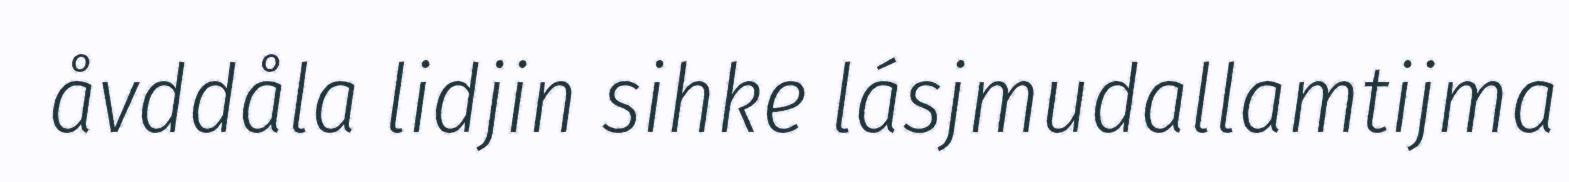
åvddåla lidjin sihke lásjmudallamtijma